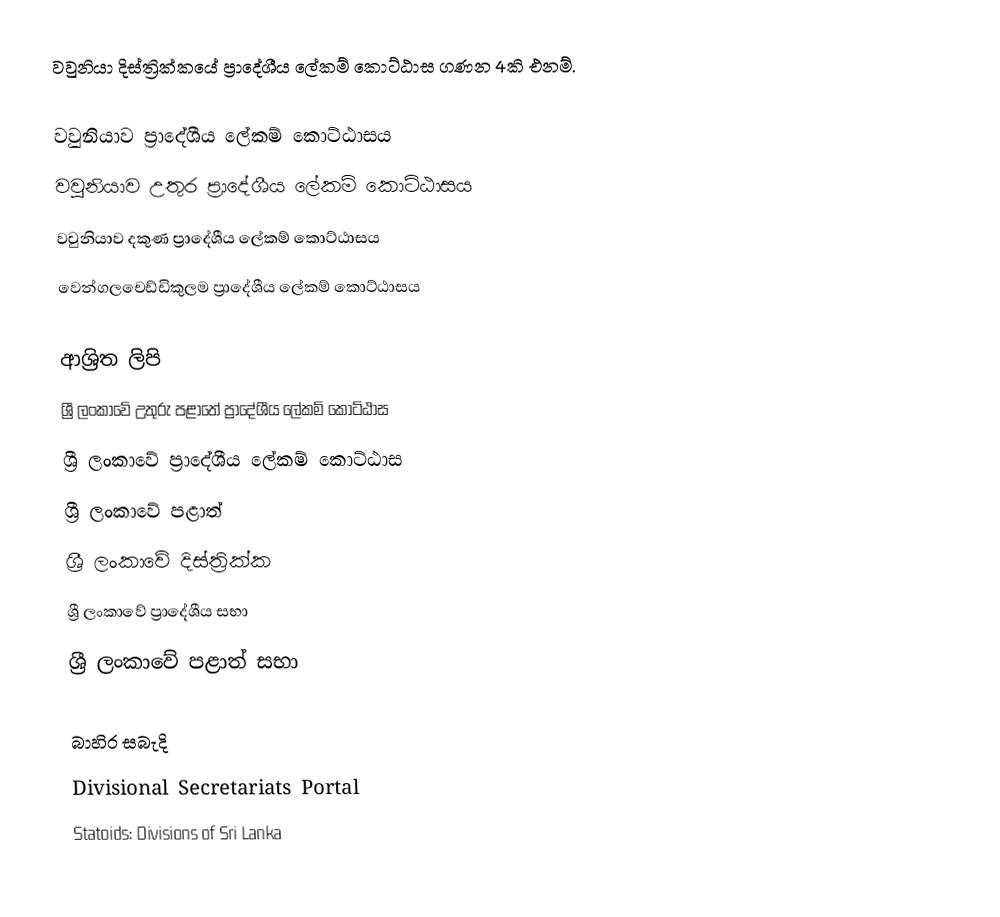
වවුනියා දිස්ත්‍රික්කයේ ප්‍රාදේශීය ලේකම් කොට්ඨාස ගණන 4කි එනම්.

 වවුනියාව ප්‍රාදේශීය ලේකම් කොට්ඨාසය
 වවුනියාව උතුර ප්‍රාදේශීය ලේකම් කොට්ඨාසය
 වවුනියාව දකුණ ප්‍රාදේශීය ලේකම් කොට්ඨාසය
 වෙන්ගලචෙඩ්ඩිකුලම ප්‍රාදේශීය ලේකම් කොට්ඨාසය

ආශ්‍රිත ලිපි
 ශ්‍රී ලංකාවේ උතුරු පළාතේ ප්‍රාදේශීය ලේකම් කොට්ඨාස
 ශ්‍රී ලංකාවේ ප්‍රාදේශීය ලේකම් කොට්ඨාස
 ශ්‍රී ලංකාවේ පළාත්
 ශ්‍රී ලංකාවේ දිස්ත්‍රික්ක
 ශ්‍රී ලංකාවේ ප්‍රාදේශීය සභා
 ශ්‍රී ලංකාවේ පළාත් සභා

බාහිර සබැදි
 Divisional Secretariats Portal
 Statoids: Divisions of Sri Lanka